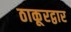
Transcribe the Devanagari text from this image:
ठाकूरद्वार